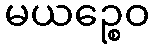
မယဉ္စေဝ